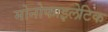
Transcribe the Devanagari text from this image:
मोनोफाइलेटिक